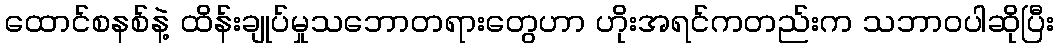
ထောင်စနစ်နဲ့ ထိန်းချုပ်မှုသဘောတရားတွေဟာ ဟိုးအရင်ကတည်းက သဘာဝပါဆိုပြီး